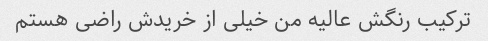
ترکیب رنگش عالیه من خیلی از خریدش راضی هستم